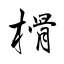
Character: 榾